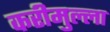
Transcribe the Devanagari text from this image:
करीमुल्ला